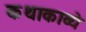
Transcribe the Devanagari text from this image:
कथाकाव्ये